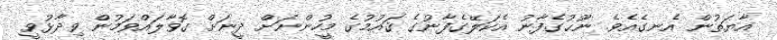
އާޔަތުން އެނގެއެވެ. ނޫޙުގެފާނު އެކަލޭގެފާނުގެ ޤައުމުގެ މީހުންނަށް ދީނަށް ގޮވާލައްވަމުން ވިދާޅުވީ